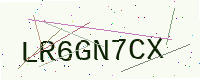
Text: LR6GN7CX